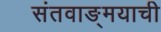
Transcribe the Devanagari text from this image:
संतवाङ्‌मयाची